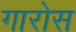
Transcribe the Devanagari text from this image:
गारोस